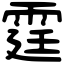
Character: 霆